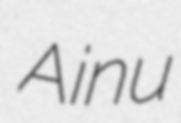
Ainu